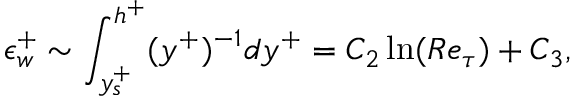
\epsilon _ { w } ^ { + } \sim \int _ { y _ { s } ^ { + } } ^ { h ^ { + } } ( y ^ { + } ) ^ { - 1 } d y ^ { + } = C _ { 2 } \ln ( R e _ { \tau } ) + C _ { 3 } ,